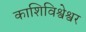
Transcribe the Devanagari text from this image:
काशिविश्वेश्वर